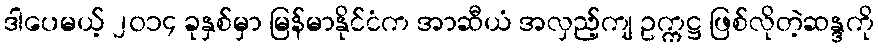
ဒါပေမယ့် ၂၀၁၄ ခုနှစ်မှာ မြန်မာနိုင်ငံက အာဆီယံ အလှည့်ကျ ဥက္ကဋ္ဌ ဖြစ်လိုတဲ့ဆန္ဒကို